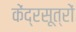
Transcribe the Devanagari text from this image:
केंद्रसूत्रों